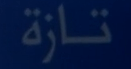
تازة